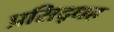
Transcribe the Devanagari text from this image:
प्रसिद्धह